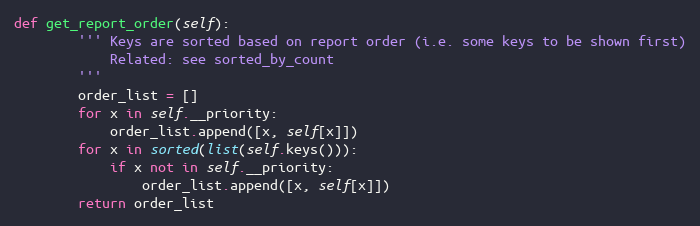
Language: Python
def get_report_order(self):
        ''' Keys are sorted based on report order (i.e. some keys to be shown first)
            Related: see sorted_by_count
        '''
        order_list = []
        for x in self.__priority:
            order_list.append([x, self[x]])
        for x in sorted(list(self.keys())):
            if x not in self.__priority:
                order_list.append([x, self[x]])
        return order_list